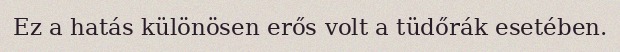
Ez a hatás különösen erős volt a tüdőrák esetében.